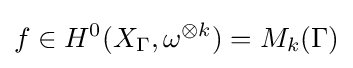
f\in H^{0}(X_{\Gamma },\omega ^{\otimes k})=M_{k}(\Gamma )